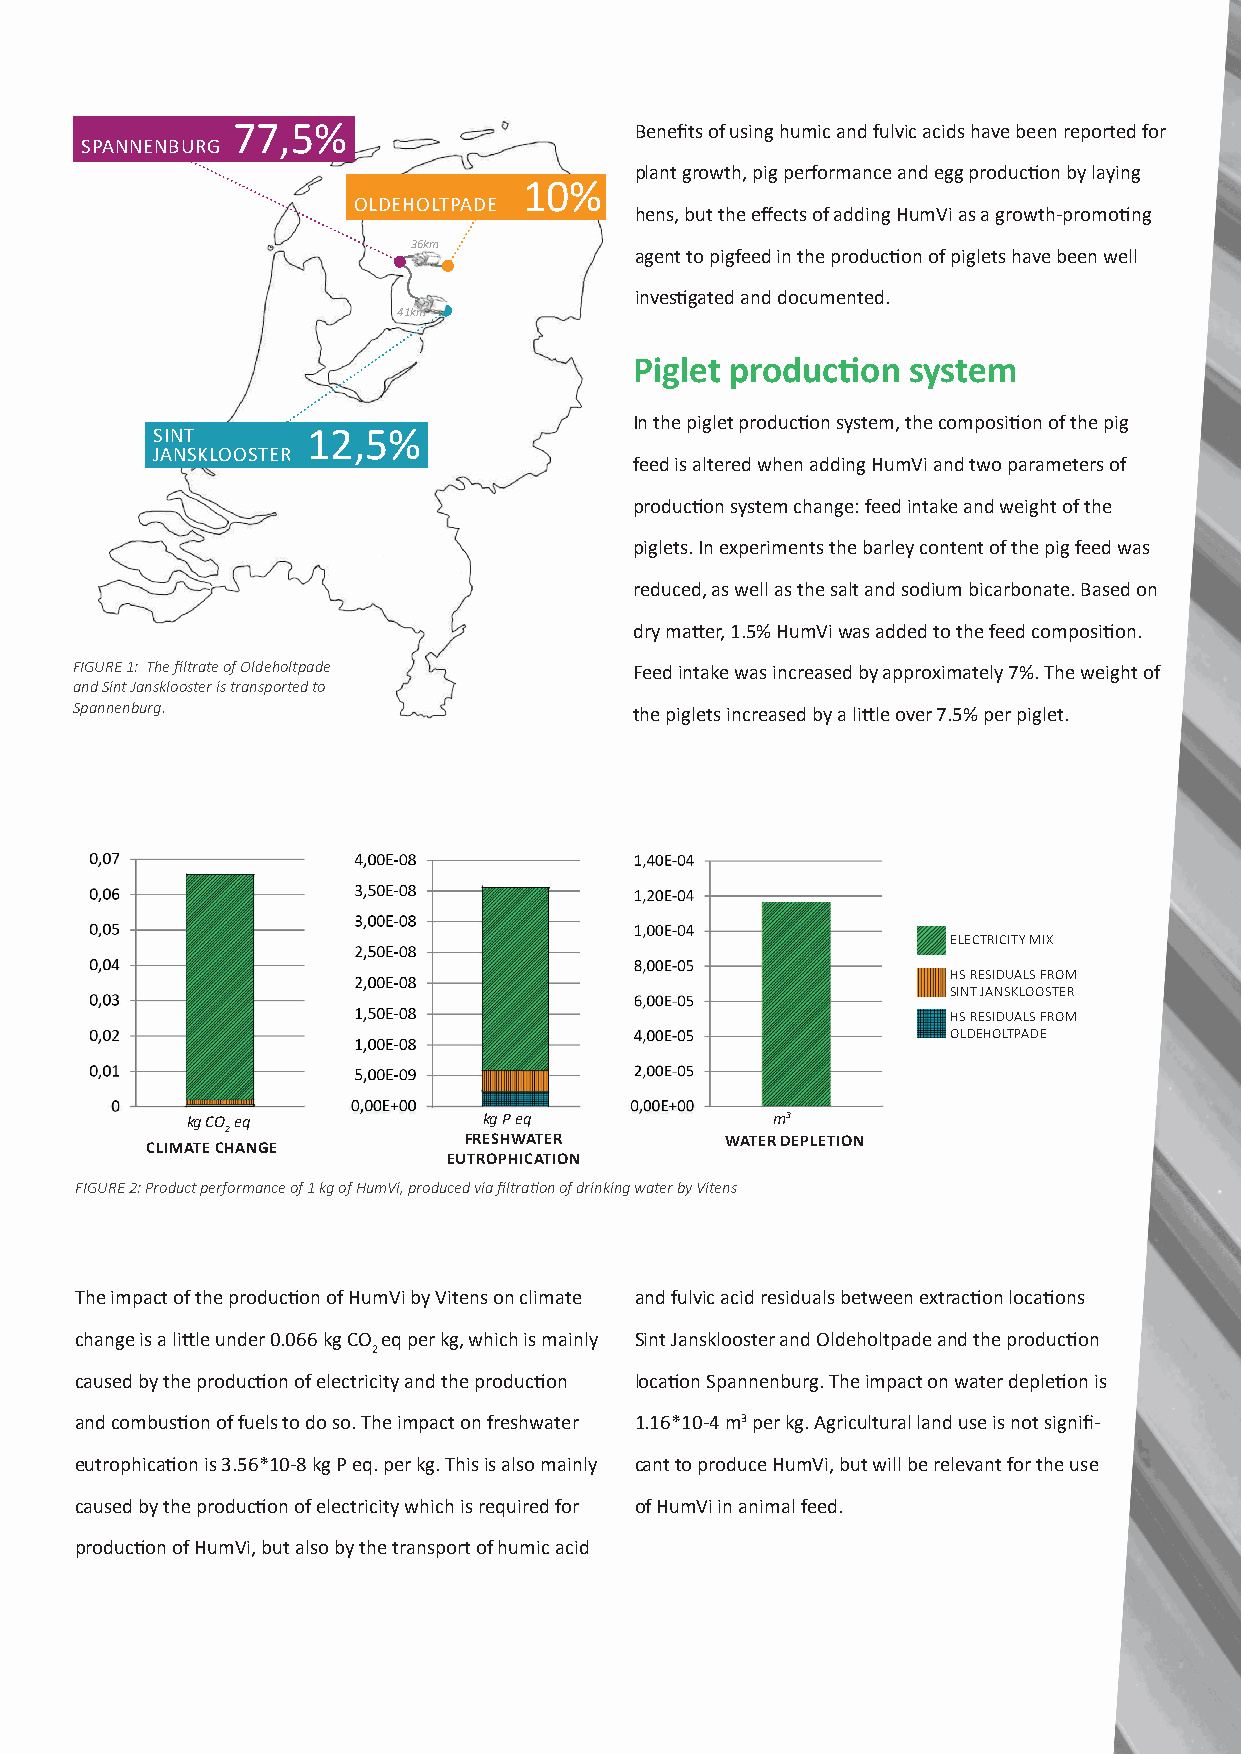
77,5%                      Benefits of using humic and fulvic acids have been reported for
 SPANNENBURG
 plant growth, pig performance and egg production by laying
 10%
 OLDEHOLTPADE
 hens, but the effects of adding HumVi as a growth-promoting
 36km
 agent to pigfeed in the production of piglets have been well
 investigated and documented.
 41km
 Piglet production system
 In the piglet production system, the composition of the pig
 SINT      12,5%
 JANSKLOOSTER
 feed is altered when adding HumVi and two parameters of
 production system change: feed intake and weight of the
 piglets. In experiments the barley content of the pig feed was
 reduced, as well as the salt and sodium bicarbonate. Based on
 dry matter, 1.5% HumVi was added to the feed composition.
 FIGURE 1: The filtrate of Oldeholtpade Feed intake was increased by approximately 7%. The weight of
 and Sint Jansklooster is transported to
 Spannenburg.                         the piglets increased by a little over 7.5% per piglet.
 ELECTRICITY MIX
 HS RESIDUALS FROM
 SINT JANSKLOOSTER
 HS RESIDUALS FROM
 OLDEHOLTPADE
 kg CO eq            kg P eq            m3
 2
 FRESHWATER       WATER DEPLETION
 CLIMATE CHANGE
 EUTROPHICATION
 FIGURE 2: Product performance of 1 kg of HumVi, produced via filtration of drinking water by Vitens
 The impact of the production of HumVi by Vitens on climate and fulvic acid residuals between extraction locations
 change is a little under 0.066 kg CO eq per kg, which is mainly Sint Jansklooster and Oldeholtpade and the production
 2
 caused by the production of electricity and the production location Spannenburg. The impact on water depletion is
 and combustion of fuels to do so. The impact on freshwater 1.16*10-4 m3 per kg. Agricultural land use is not signifi-
 eutrophication is 3.56*10-8 kg P eq. per kg. This is also mainly cant to produce HumVi, but will be relevant for the use
 caused by the production of electricity which is required for of HumVi in animal feed.
 production of HumVi, but also by the transport of humic acid